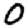
Digit: 0